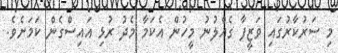
މި ސަރުކާރުގައި ވަޒީފާ ގެއްލުނު މީހުން އެކަމާ މެދު ރުޅި އައިސްގެން ކަމަށެވެ.